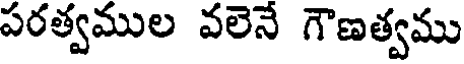
పరత్వముల వలెనే గౌణత్వము